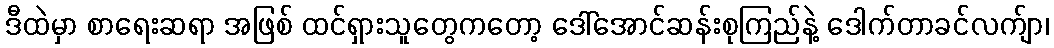
ဒီထဲမှာ စာရေးဆရာ အဖြစ် ထင်ရှားသူတွေကတော့ ဒေါ်အောင်ဆန်းစုကြည်နဲ့ ဒေါက်တာခင်လက်ျာ၊